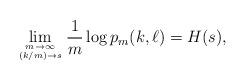
LaTeX: \begin{align*}\mathop{\lim}_{m \rightarrow \infty \atop (k/m) \rightarrow s}\frac{1}{m} \log p_m(k,\ell) = H(s),\end{align*}